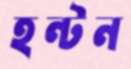
হন্টন